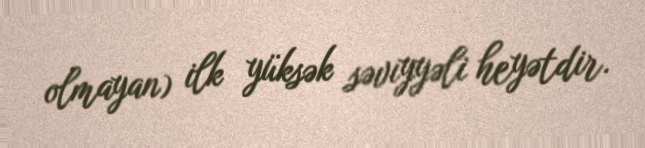
olmayan) ilk yüksək səviyyəli heyətdir.